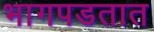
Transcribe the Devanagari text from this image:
भागपडतात